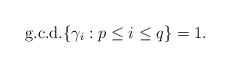
\begin{align*}\mathrm{g.c.d.}\{ \gamma_i : p\le i\le q\} =1. \end{align*}